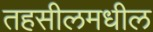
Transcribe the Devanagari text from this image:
तहसीलमधील